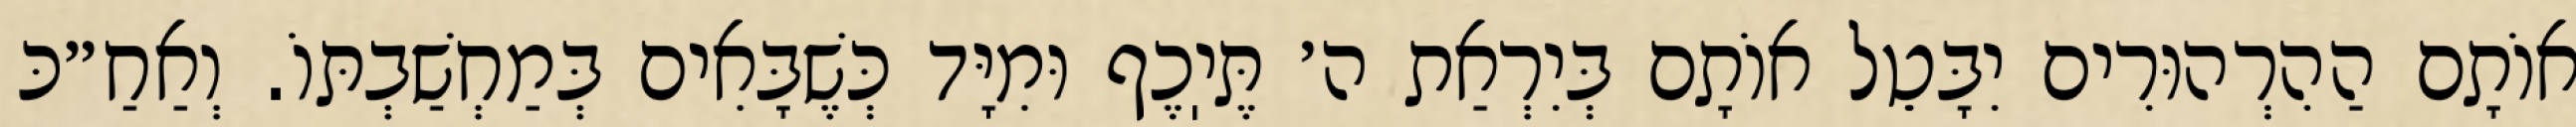
אוֹתָם הַהִרְהוּרִים יִבָּטֵל אוֹתָם בְּיִרְאַת ה׳ תֶּיֽכֶף וּמִיָּד כְּשֶׁבָּאִים בְּמַחְשַׁבְתּוֹ. וְאַחַ״כּ